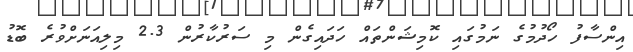
އިންސާފު ހޯދުމުގެ ނަމުގައި ކޮމިޝަންތައް ހަދައިގެން މި ސަރުކާރުން 2.3 މިލިއަނަށްވުރެ ބޮޑު